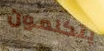
يتكلمون